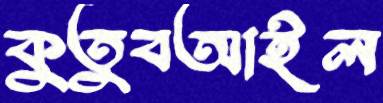
কুতুবআইল